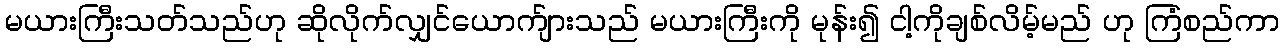
မယားကြီးသတ်သည်ဟု ဆိုလိုက်လျှင်ယောက်ျားသည် မယားကြီးကို မုန်း၍ ငါ့ကိုချစ်လိမ့်မည် ဟု ကြံစည်ကာ